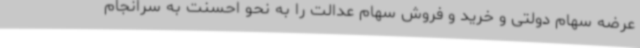
عرضه سهام دولتی و خرید و فروش سهام عدالت را به نحو احسنت به سرانجام